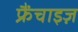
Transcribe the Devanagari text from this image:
फ्रैंचाइज़